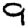
Digit: 9